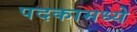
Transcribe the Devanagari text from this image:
पदकामध्ये